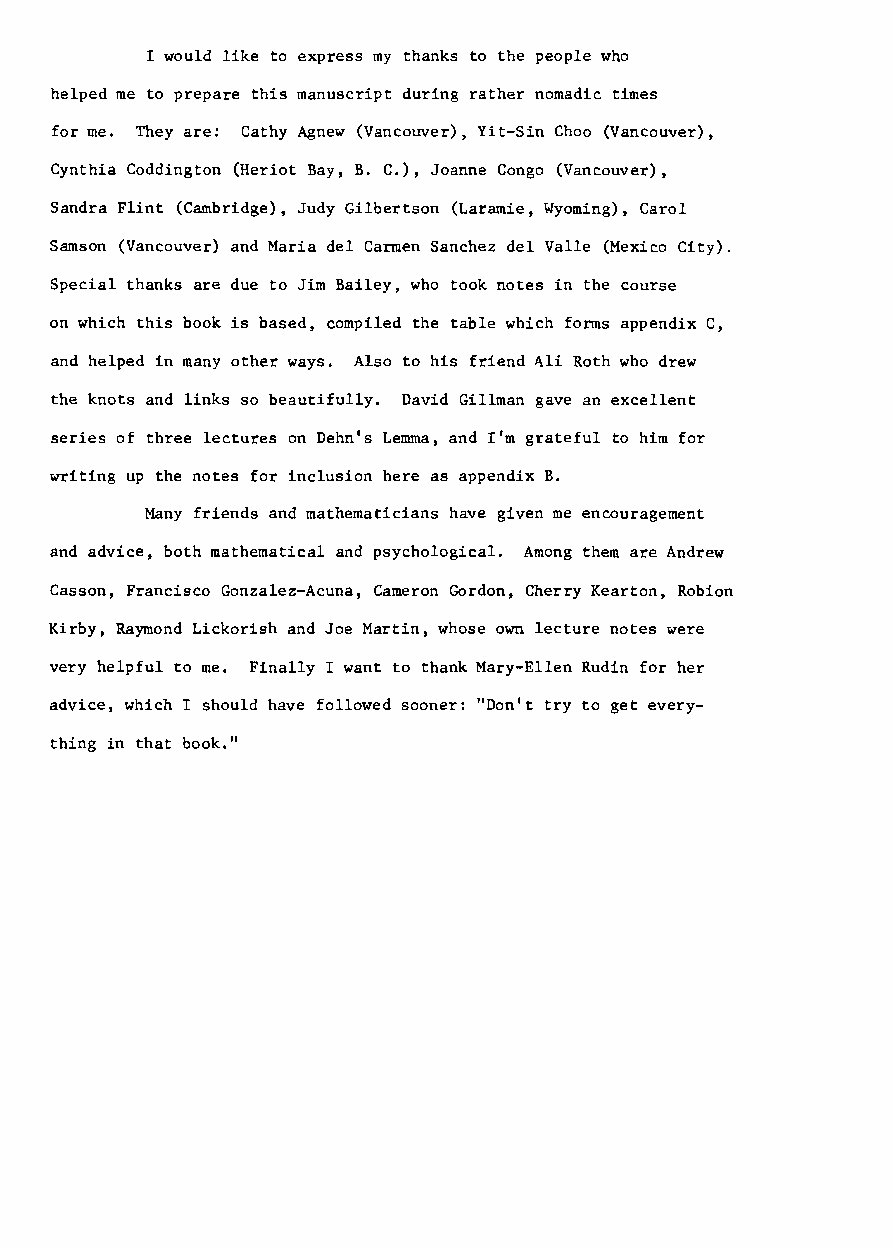
I would like to express my thanks to the people who
 helped me to prepare this manuscript during rather nomadic times
 for me. They are: Cathy Agnew (Vancouver), Yit-Sin Choo (Vancouver),
 Cynthia Coddington (Heriot Bay, B. C.), Joanne Congo (Vancouver),
 Sandra Flint (Cambridge), Judy Gilbertson (Laramie, Wyoming), Carol
 Samson (Vancouver) and Maria del Carmen Sanchez del Valle (Mexico City).
 Special thanks are due to Jim Bailey, who took notes in the course
 on which this book is based, compiled the table which forms appendix C,
 and helped in many other ways. Also to his friend Ali Roth who drew
 the knots and links so beautifully. David Gillman gave an excellent
 series of three lectures on Dehn's Lemma, and I'm grateful to him for
 writing up the notes for inclusion here as appendix B.
 Many friends and mathematicians have given me encouragement
 and advice, both mathematical and psychological. Among them are Andrew
 Casson, Francisco Gonzalez-Acuna, Cameron Gordon, Cherry Kearton, Robion
 Kirby, Raymond Lickorish and Joe Martin, whose own lecture notes were
 very helpful to me. Finally I want to thank Mary-Ellen Rudin for her
 advice, which I should have followed sooner: "Don't try to get every
 thing in that book."